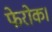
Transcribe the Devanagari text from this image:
फेरोक।